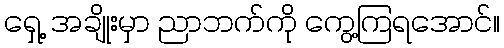
ရှေ့ အချိုးမှာ ညာဘက်ကို ကွေ့ကြရအောင်။